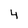
Character: 4